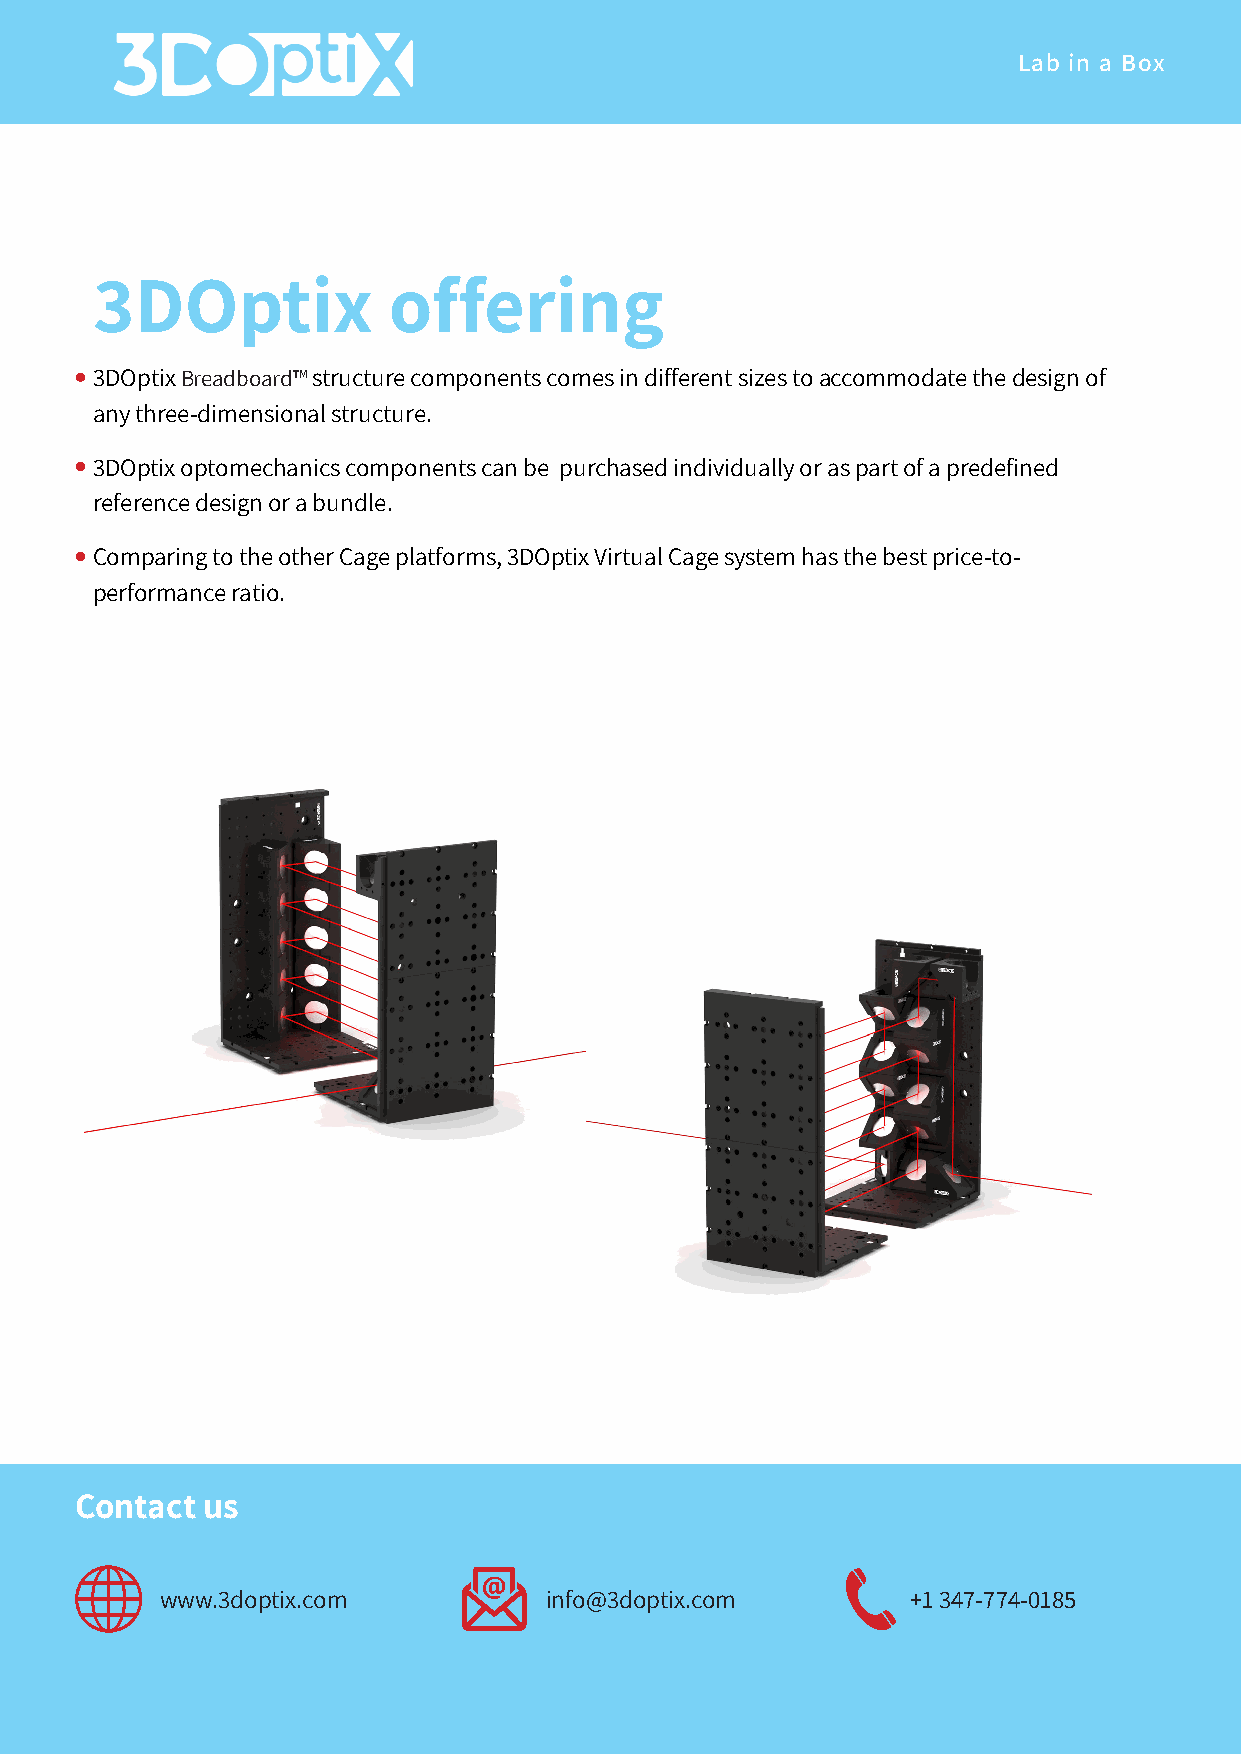
Lab in a Box
 3DOptix             offering
 3DOptix Breadboard™ structure components comes in different sizes to accommodate the design of
 any three-dimensional structure.
 3DOptix optomechanics components can be purchased individually or as part of a predefined
 reference design or a bundle.
 Comparing to the other Cage platforms, 3DOptix Virtual Cage system has the best price-to-
 performance ratio.
 Contact us
 www.3doptix.com          info@3doptix.com        +1 347-774-0185